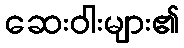
ဆေးဝါးများ၏